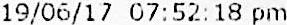
19/06/17 07:52:18 PM